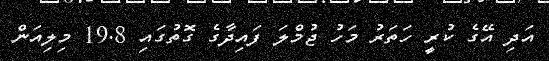
އަދި އޭގެ ކުރީ ހަތަރު މަހު ޖުމްލަ ފައިދާގެ ގޮތުގައި 19.8 މިލިއަން